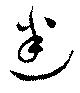
迷